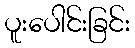
ပူးပေါင်းခြင်း